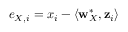
e _ { X , i } = x _ { i } - \langle \mathbf { w } _ { X } ^ { * } , \mathbf { z } _ { i } \rangle